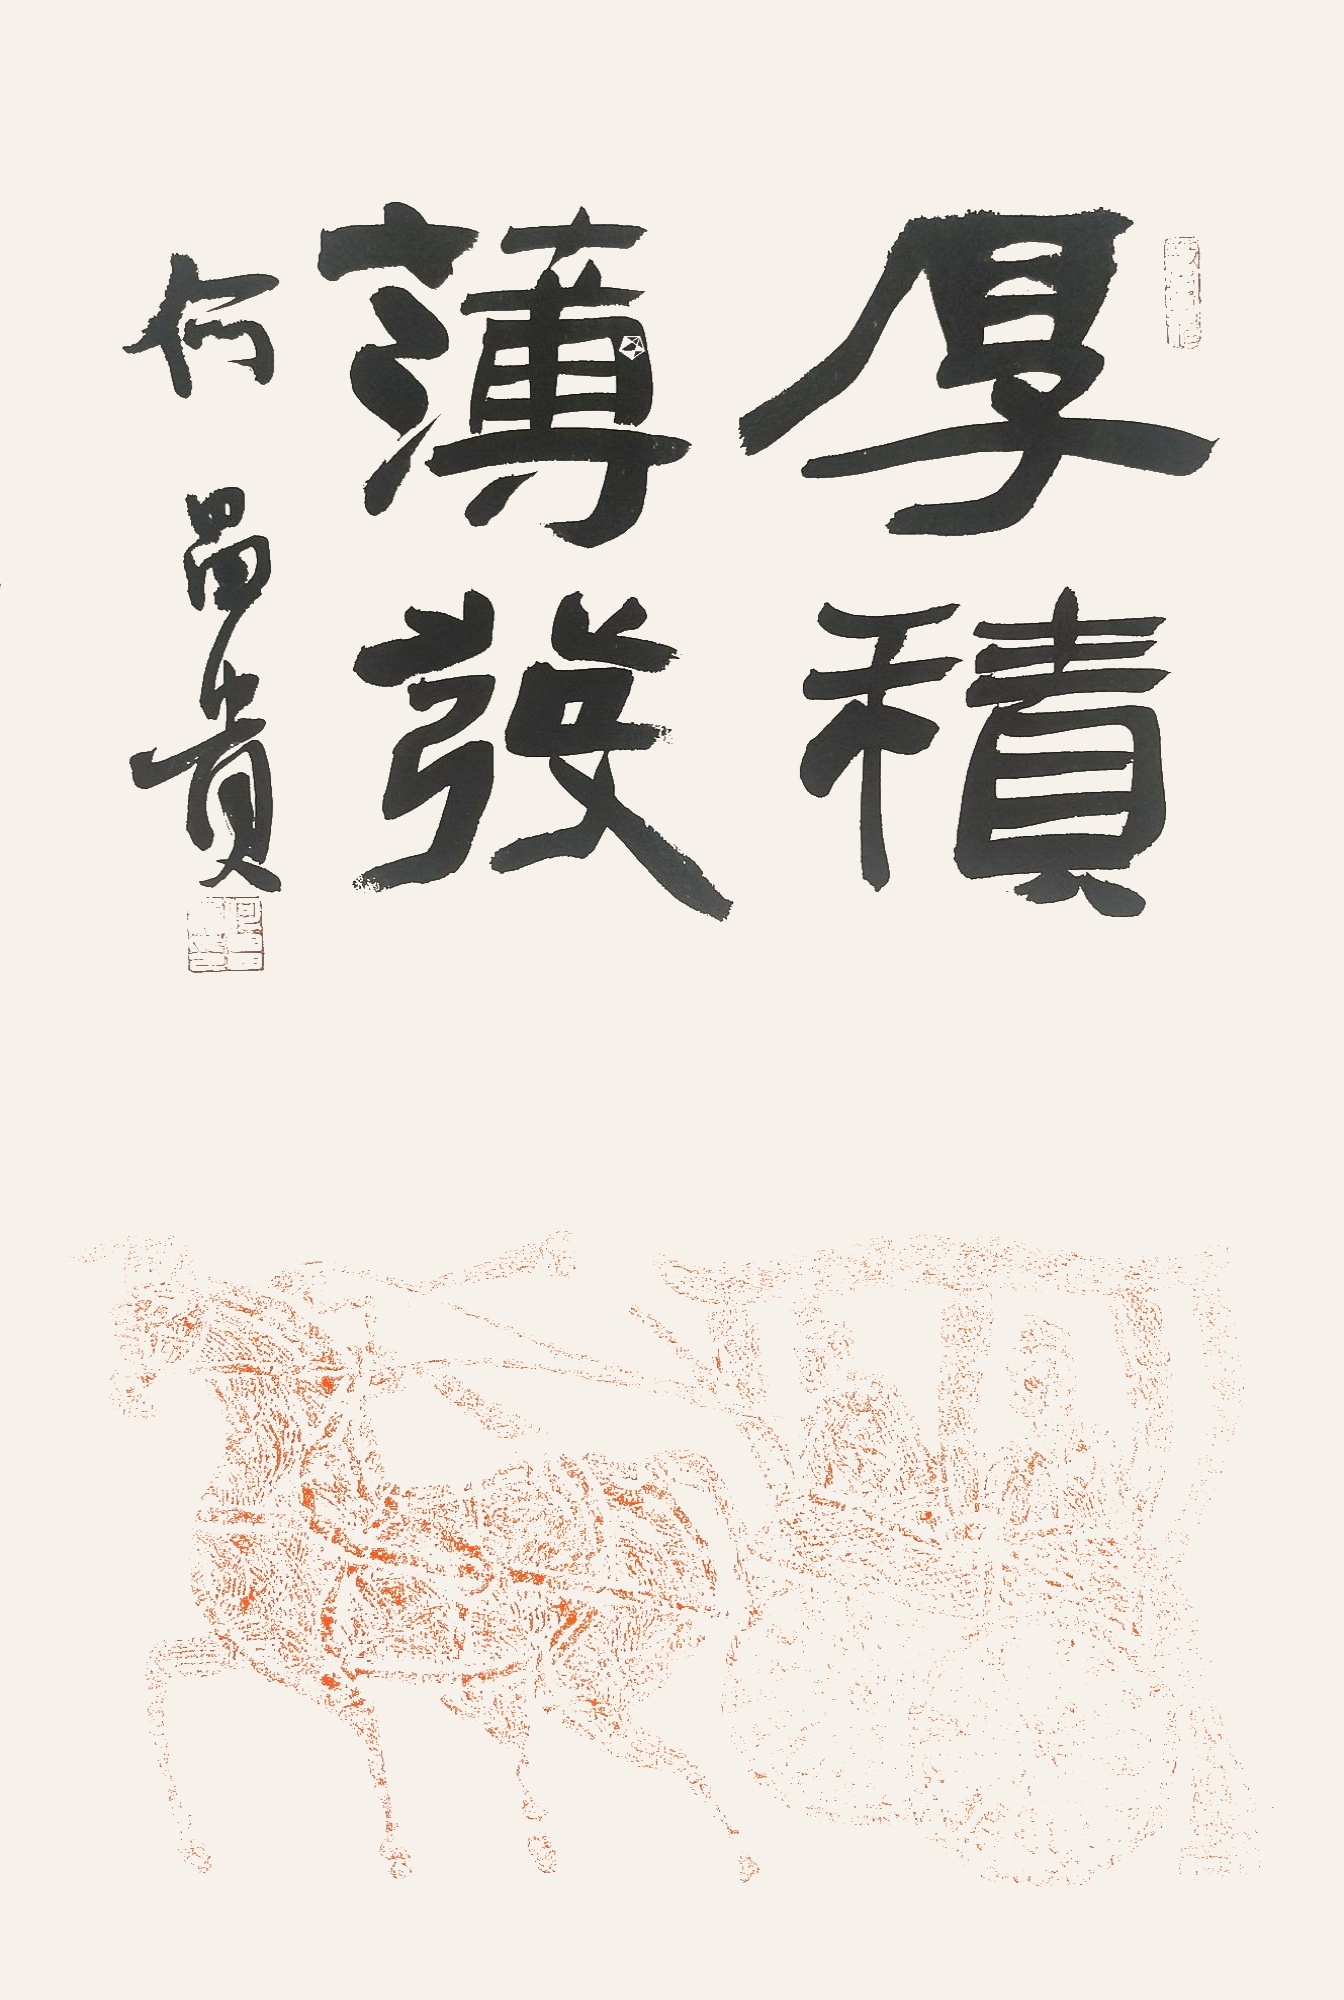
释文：厚积薄发何昌贵